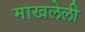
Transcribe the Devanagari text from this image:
माखलेली